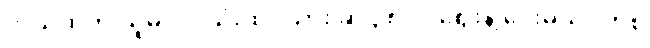
ဘယ်ထဲက ယူမလဲ။ သုံးထပ်သား ဆို ၃၈၀၀ ဈေးနဲ့ ပေးမယ်။ တစ်